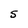
Character: S